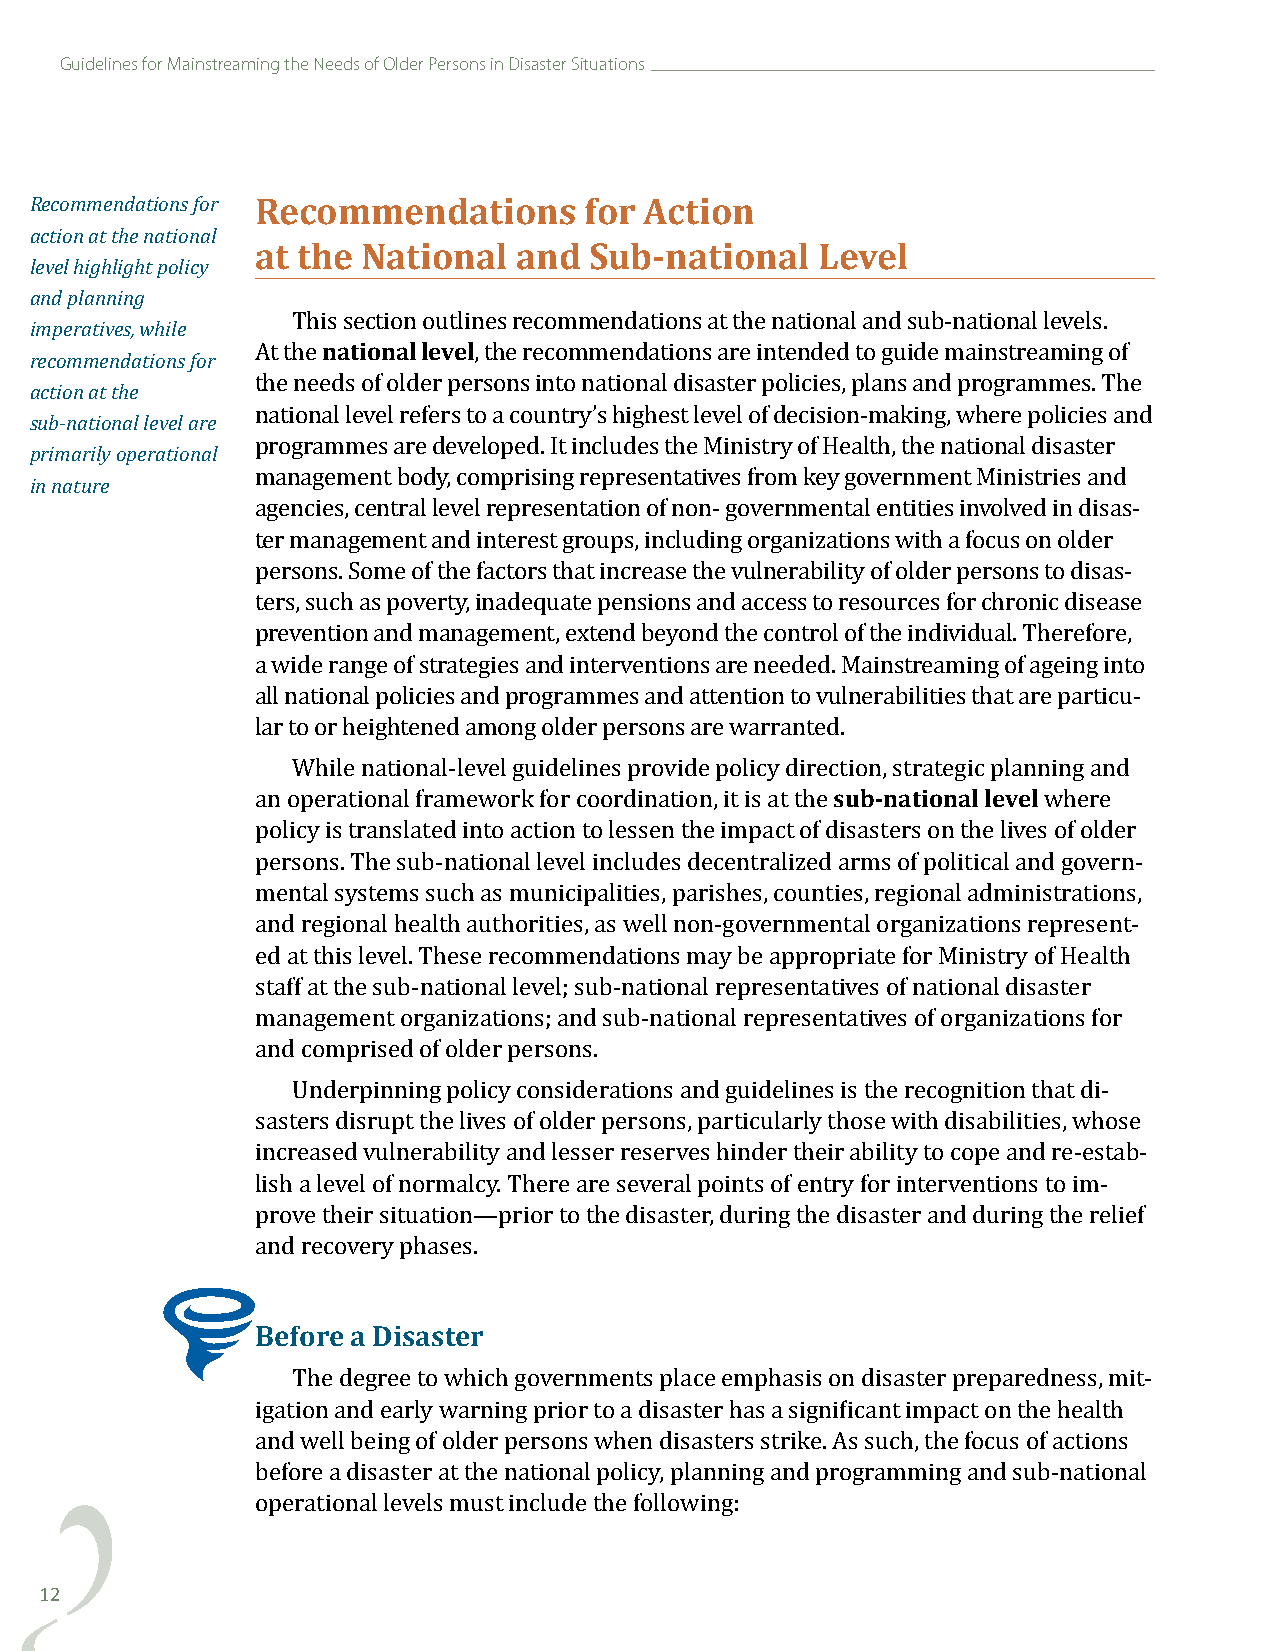
Guidelines for Mainstreaming the Needs of Older Persons in Disaster Situations
 Recommendations for Recommendations  for Action
 action at the national
 at the National  and  Sub-national   Level
 level highlight policy
 and planning
 imperatives, while
 national level
 recommendations for
 This section outlines recommendations at the national and sub-national levels.
 action at the
 At the        , the recommendations are intended to guide mainstreaming of
 sub-national level are
 the needs of older persons into national disaster policies, plans and programmes. The
 primarily operational
 national level refers to a country’s highest level of decision-making, where policies and
 in nature
 programmes are developed. It includes the Ministry of Health, the national disaster
 management body, comprising representatives from key government Ministries and
 agencies, central level representation of non- governmental entities involved in disas-
 ter management and interest groups, including organizations with a focus on older
 persons. Some of the factors that increase the vulnerability of older persons to disas-
 ters, such as poverty, inadequate pensions and access to resources for chronic disease
 prevention and management, extend beyond the control of the individual. Therefore,
 a wide range of strategies and interventions are needed. Mainstreaming of ageing into
 all national policies and programmes and attention to vulnerabilities that are particu-
 lar to or heightened among older persons are warranted.
 sub-national level
 While national-level guidelines provide policy direction, strategic planning and
 an operational framework for coordination, it is at the where
 policy is translated into action to lessen the impact of disasters on the lives of older
 persons. The sub-national level includes decentralized arms of political and govern-
 mental systems such as municipalities, parishes, counties, regional administrations,
 and regional health authorities, as well non-governmental organizations represent-
 ed at this level. These recommendations may be appropriate for Ministry of Health
 staff at the sub-national level; sub-national representatives of national disaster
 management organizations; and sub-national representatives of organizations for
 and comprised of older persons.
 Underpinning policy considerations and guidelines is the recognition that di-
 sasters disrupt the lives of older persons, particularly those with disabilities, whose
 increased vulnerability and lesser reserves hinder their ability to cope and re-estab-
 lish a level of normalcy. There are several points of entry for interventions to im-
 prove their situation—prior to the disaster, during the disaster and during the relief
 and recovery phases.
 Before a Disaster
 The degree to which governments place emphasis on disaster preparedness, mit-
 igation and early warning prior to a disaster has a significant impact on the health
 and well being of older persons when disasters strike. As such, the focus of actions
 before a disaster at the national policy, planning and programming and sub-national
 operational levels must include the following:
 12